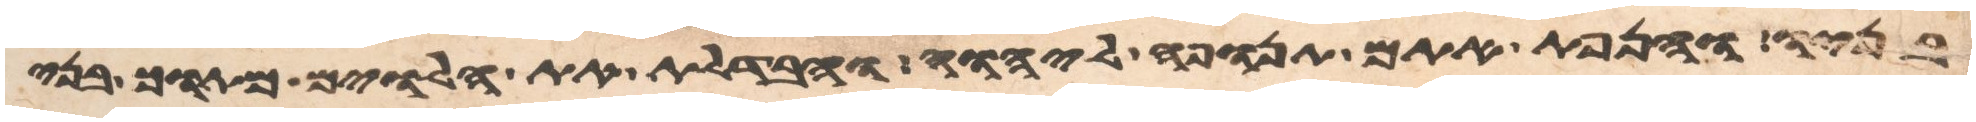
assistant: בניו והנפת אתם תנופה ליהוה והבדלת את הלוים מתוך בני